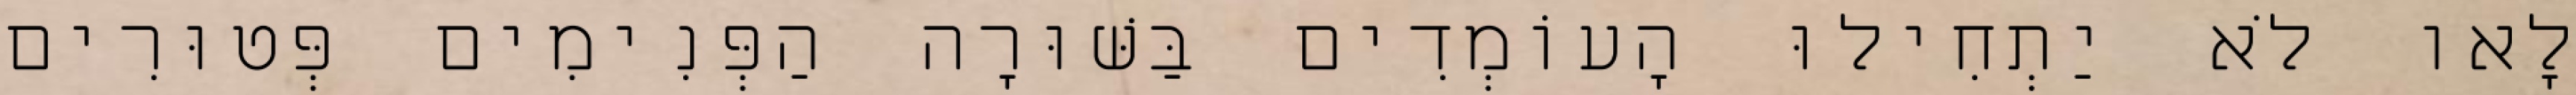
לָאו לֹא יַתְחִילוּ הָעוֹמְדִים בַּשּׁוּרָה הַפְּנִימִים פְּטוּרִים